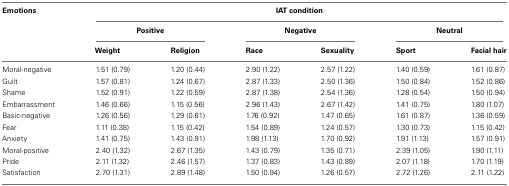
<table><thead><tr><td><b>Emotions</b></td><td colspan="6"><b>IAT condition</b></td></tr><tr><td></td><td colspan="2"><b>Positive</b></td><td colspan="2"><b>Negative</b></td><td colspan="2"><b>Neutral</b></td></tr><tr><td></td><td><b>Weight</b></td><td><b>Religion</b></td><td><b>Race</b></td><td><b>Sexuality</b></td><td><b>Sport</b></td><td><b>Facial hair</b></td></tr></thead><tbody><tr><td>Moral-negative</td><td>1.51 (0.79)</td><td>1.20 (0.44)</td><td>2.90 (1.22)</td><td>2.57 (1.22)</td><td>1.40 (0.59)</td><td>1.61 (0.87)</td></tr><tr><td>Guilt</td><td>1.57 (0.81)</td><td>1.24 (0.67)</td><td>2.87 (1.33)</td><td>2.50 (1.36)</td><td>1.50 (0.84)</td><td>1.52 (0.86)</td></tr><tr><td>Shame</td><td>1.52 (0.91)</td><td>1.22 (0.59)</td><td>2.87 (1.38)</td><td>2.54 (1.36)</td><td>1.28 (0.54)</td><td>1.50 (0.94)</td></tr><tr><td>Embarrassment</td><td>1.46 (0.66)</td><td>1.15 (0.56)</td><td>2.96 (1.43)</td><td>2.67 (1.42)</td><td>1.41 (0.75)</td><td>1.80 (1.07)</td></tr><tr><td>Basic-negative</td><td>1.26 (0.56)</td><td>1.29 (0.61)</td><td>1.76 (0.92)</td><td>1.47 (0.65)</td><td>1.61 (0.87)</td><td>1.36 (0.59)</td></tr><tr><td>Fear</td><td>1.11 (0.38)</td><td>1.15 (0.42)</td><td>1.54 (0.89)</td><td>1.24 (0.57)</td><td>1.30 (0.73)</td><td>1.15 (0.42)</td></tr><tr><td>Anxiety</td><td>1.41 (0.75)</td><td>1.43 (0.91)</td><td>1.98 (1.13)</td><td>1.70 (0.92)</td><td>1.91 (1.13)</td><td>1.57 (0.91)</td></tr><tr><td>Moral-positive</td><td>2.40 (1.32)</td><td>2.67 (1.35)</td><td>1.43 (0.79)</td><td>1.35 (0.71)</td><td>2.39 (1.05)</td><td>1.90 (1.11)</td></tr><tr><td>Pride</td><td>2.11 (1.32)</td><td>2.46 (1.57)</td><td>1.37 (0.83)</td><td>1.43 (0.89)</td><td>2.07 (1.18)</td><td>1.70 (1.19)</td></tr><tr><td>Satisfaction</td><td>2.70 (1.31)</td><td>2.89 (1.48)</td><td>1.50 (0.94)</td><td>1.26 (0.57)</td><td>2.72 (1.26)</td><td>2.11 (1.22)</td></tr></tbody></table>